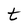
Character: t